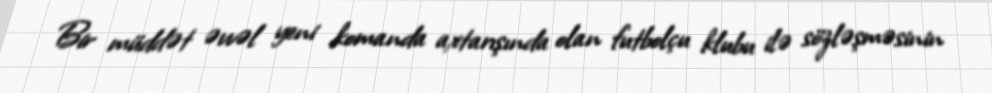
Bir müddət əvvəl yeni komanda axtarışında olan futbolçu klubu ilə sözləşməsinin